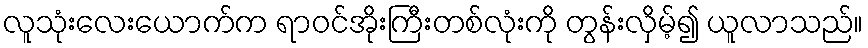
လူသုံးလေးယောက်က ရာဝင်အိုးကြီးတစ်လုံးကို တွန်းလှိမ့်၍ ယူလာသည်။